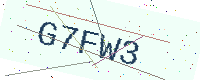
Text: G7FW3